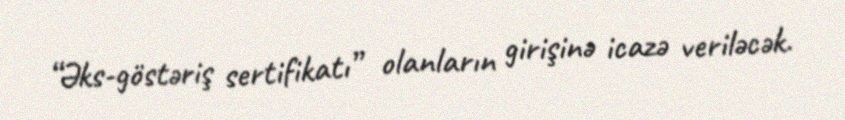
“Əks-göstəriş sertifikatı” olanların girişinə icazə veriləcək.